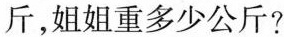
斤，姐姐重多少公斤?